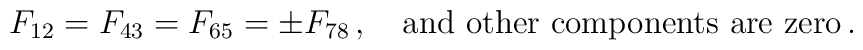
F_{12}=F_{43}=F_{65}=\pm F_{78}\,,\quad \textrm{and other components are zero} \,.